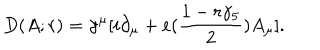
D ( A ; r ) = \gamma ^ { \mu } [ i \partial _ { \mu } + e ( { \frac { 1 - r \gamma _ { 5 } } { 2 } } ) A _ { \mu } ] .